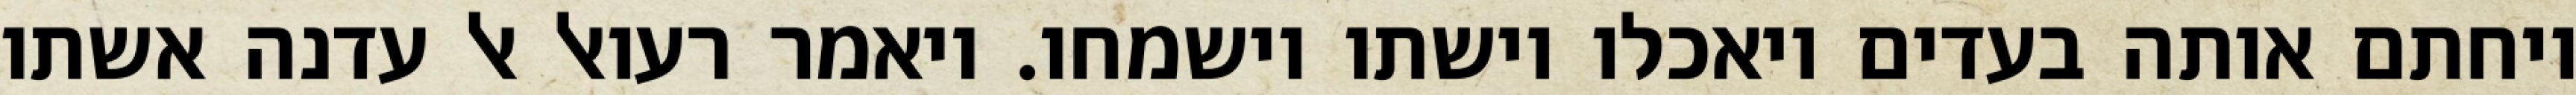
ויחתם אותה בעדים ויאכלו וישתו וישמחו. ויאמר רעואל אל עדנה אשתו